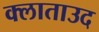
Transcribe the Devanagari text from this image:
क्लाताउद